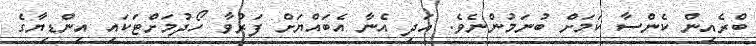
ބްރެއިން ކެންސާ ކަމަށް ބުނަމުންނެވެ. އަދި އެނާ އެބައްޔަށް ފަރުވާ ހޯދުމަށްޓަކައި އިންޑިޔާގެ